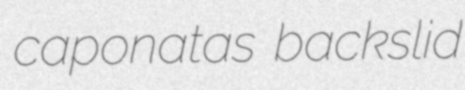
caponatas backslid